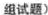
组试题)